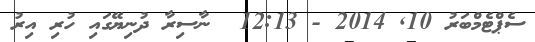
ސެޕްޓެމްބަރު 10